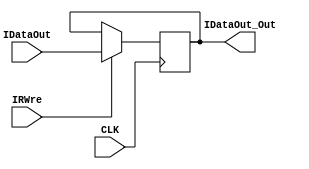
`timescale 1ns / 1ps
//////////////////////////////////////////////////////////////////////////////////
// Company: 
// Engineer: 
// 
// Design Name: 
// Module Name: IR
// Project Name: 
// Target Devices: 
// Tool Versions: 
// Description: 
// 
// Dependencies: 
// 
// Revision:
// Revision 0.01 - File Created
// Additional Comments:
// 
//////////////////////////////////////////////////////////////////////////////////


module IR(
    input CLK,
    input IRWre,
    input [31:0] IDataOut,
    output reg [31:0] IDataOut_Out
    );
    
    always@(negedge CLK) begin
        if(IRWre == 1) IDataOut_Out = IDataOut;
    end
    
endmodule